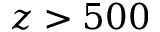
z > 5 0 0